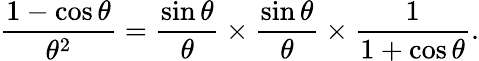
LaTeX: {\frac{1-\cos\theta}{\theta^{2}}}={\frac{\sin\theta}{\theta}}\times{\frac{\sin\theta}{\theta}}\times{\frac{1}{1+\cos\theta}}.